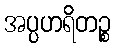
အပ္ပဟရိတဉ္စ